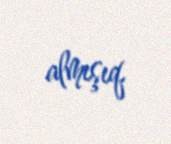
almışıq.